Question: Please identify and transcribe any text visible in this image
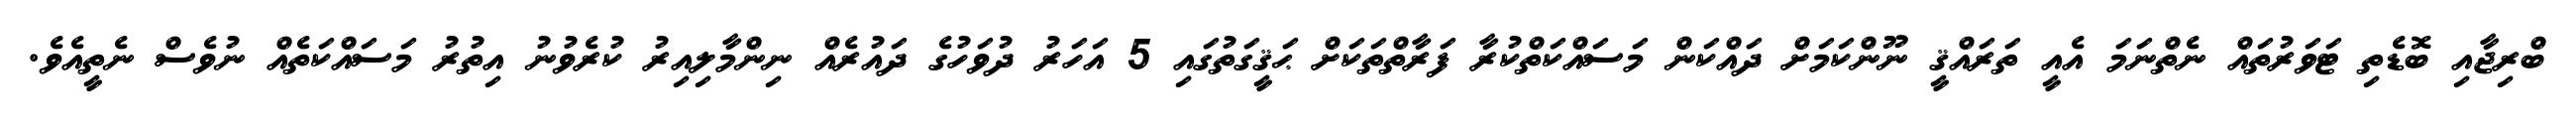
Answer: ބްރިޖާއި ބޮޑެތި ޓަވަރުތައް ނެތްނަމަ އެއީ ތަރައްޤީ ނޫންކަމަށް ދައްކަން މަސައްކަތްކުރާ ފަރާތްތަކަށް ޙަޤީގަތުގައި 5 އަހަރު ދުވަހުގެ ދައުރެއް ނިންމާލިއިރު ކުރެވުނު އިތުރު މަސައްކަތެއް ނުވެސް ނެތީއެވެ.